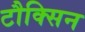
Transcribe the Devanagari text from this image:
टौक्सिन